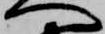
へ